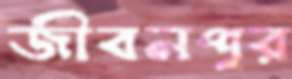
জীবনপুর